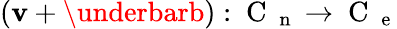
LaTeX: (\mathbf{v}+\underbarb):\mathrm{{~C~}}_{\mathrm{{~n~}}}\to\mathrm{{~C~}}_{\mathrm{{~e~}}}